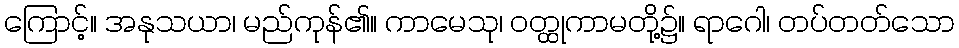
ကြောင့်။ အနုသယာ၊ မည်ကုန်၏။ ကာမေသု၊ ဝတ္ထုကာမတို့၌။ ရာဂေါ၊ တပ်တတ်သော